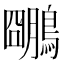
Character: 𪆌